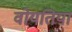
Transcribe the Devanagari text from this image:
वोयतिया